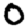
Digit: 0